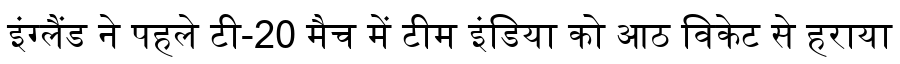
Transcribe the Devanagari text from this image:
इंग्लैंड ने पहले टी-20 मैच में टीम इंडिया को आठ विकेट से हराया